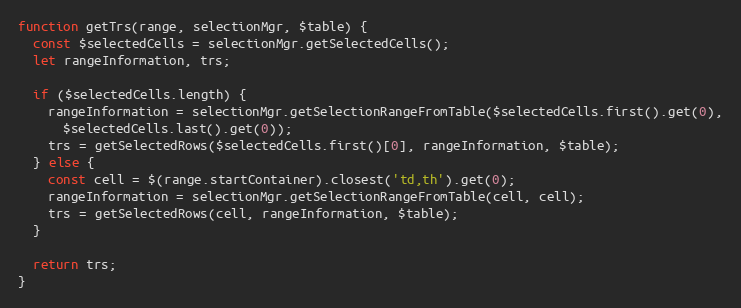
Language: JavaScript
function getTrs(range, selectionMgr, $table) {
  const $selectedCells = selectionMgr.getSelectedCells();
  let rangeInformation, trs;

  if ($selectedCells.length) {
    rangeInformation = selectionMgr.getSelectionRangeFromTable($selectedCells.first().get(0),
      $selectedCells.last().get(0));
    trs = getSelectedRows($selectedCells.first()[0], rangeInformation, $table);
  } else {
    const cell = $(range.startContainer).closest('td,th').get(0);
    rangeInformation = selectionMgr.getSelectionRangeFromTable(cell, cell);
    trs = getSelectedRows(cell, rangeInformation, $table);
  }

  return trs;
}